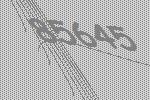
85645